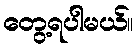
တွေ့ရပါမယ်။